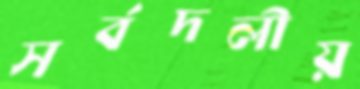
সর্বদলীয়